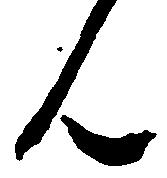
ん